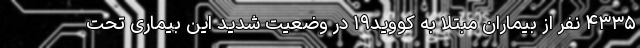
۴۳۳۵ نفر از بیماران مبتلا به کووید۱۹ در وضعیت شدید این بیماری تحت